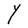
Character: Y